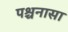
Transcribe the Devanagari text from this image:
पश्चनासा